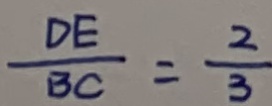
\frac { D E } { B C } = \frac { 2 } { 3 }